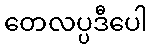
တေလပ္ပဒီပေါ